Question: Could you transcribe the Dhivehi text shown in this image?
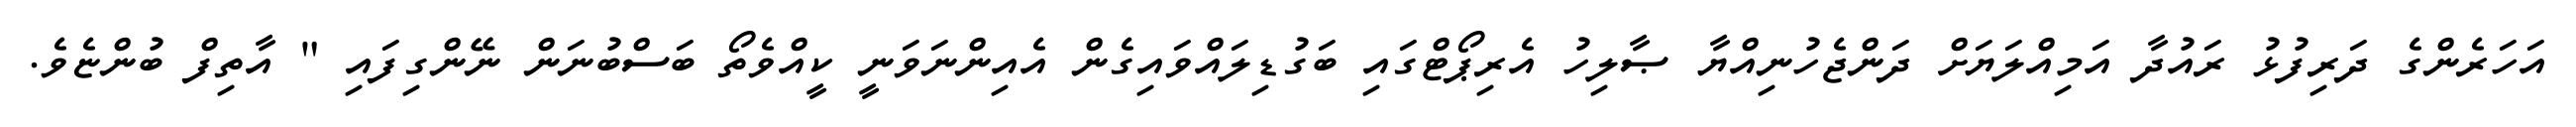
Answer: އަހަރެންގެ ދަރިފުޅު ރައުދާ އަމިއްލަޔަށް ދަންޖެހުނިއްޔާ ޞާލިހު އެރިޕޯޓްގައި ބަގުޑިލައްވައިގެން އެއިންނަވަނީ ކީއްވެތޯ ބަސްބުނަން ނޭންގިފައި " އާތިފް ބުންޏެވެ.